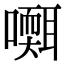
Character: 𡂩